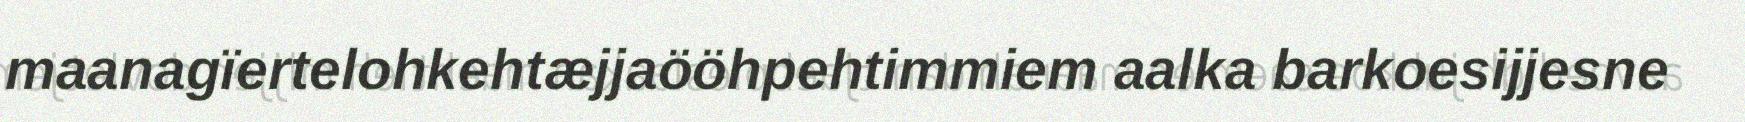
maanagïertelohkehtæjjaööhpehtimmiem aalka barkoesijjesne